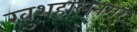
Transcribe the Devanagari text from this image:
खुशहालनगर